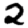
Digit: 2